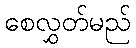
စေလွှတ်မည်